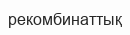
рекомбинаттық